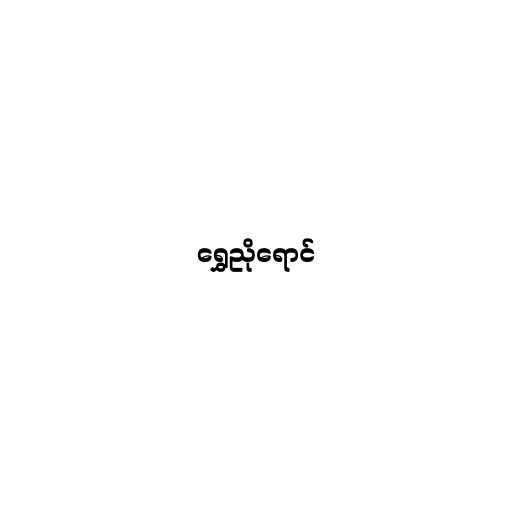
ရွှေညိုရောင်